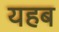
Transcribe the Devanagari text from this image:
यहब